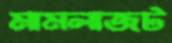
মামলাজট